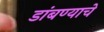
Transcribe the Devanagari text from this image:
डांबण्याचे